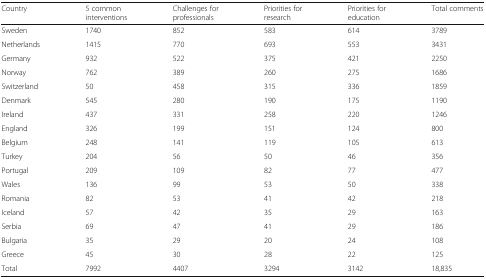
<table><thead><tr><td><b>Country</b></td><td><b>5 common interventions</b></td><td><b>Challenges for professionals</b></td><td><b>Priorities for research</b></td><td><b>Priorities for education</b></td><td><b>Total comments</b></td></tr></thead><tbody><tr><td>Sweden</td><td>1740</td><td>852</td><td>583</td><td>614</td><td>3789</td></tr><tr><td>Netherlands</td><td>1415</td><td>770</td><td>693</td><td>553</td><td>3431</td></tr><tr><td>Germany</td><td>932</td><td>522</td><td>375</td><td>421</td><td>2250</td></tr><tr><td>Norway</td><td>762</td><td>389</td><td>260</td><td>275</td><td>1686</td></tr><tr><td>Switzerland</td><td>50</td><td>458</td><td>315</td><td>336</td><td>1859</td></tr><tr><td>Denmark</td><td>545</td><td>280</td><td>190</td><td>175</td><td>1190</td></tr><tr><td>Ireland</td><td>437</td><td>331</td><td>258</td><td>220</td><td>1246</td></tr><tr><td>England</td><td>326</td><td>199</td><td>151</td><td>124</td><td>800</td></tr><tr><td>Belgium</td><td>248</td><td>141</td><td>119</td><td>105</td><td>613</td></tr><tr><td>Turkey</td><td>204</td><td>56</td><td>50</td><td>46</td><td>356</td></tr><tr><td>Portugal</td><td>209</td><td>109</td><td>82</td><td>77</td><td>477</td></tr><tr><td>Wales</td><td>136</td><td>99</td><td>53</td><td>50</td><td>338</td></tr><tr><td>Romania</td><td>82</td><td>53</td><td>41</td><td>42</td><td>218</td></tr><tr><td>Iceland</td><td>57</td><td>42</td><td>35</td><td>29</td><td>163</td></tr><tr><td>Serbia</td><td>69</td><td>47</td><td>41</td><td>29</td><td>186</td></tr><tr><td>Bulgaria</td><td>35</td><td>29</td><td>20</td><td>24</td><td>108</td></tr><tr><td>Greece</td><td>45</td><td>30</td><td>28</td><td>22</td><td>125</td></tr><tr><td>Total</td><td>7992</td><td>4407</td><td>3294</td><td>3142</td><td>18,835</td></tr></tbody></table>